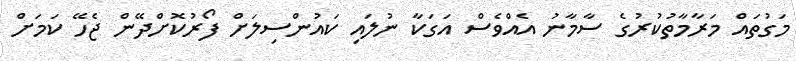
މަގުތައް މަރާމާތުކުރުގެ ސާމާނު އެއްވެސް އަގަކާ ނުލައި ކައުންސިލަށް ފޯރުކޮށްދޭން ޖެހޭ ކަމަށް